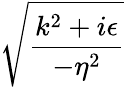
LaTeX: \sqrt{\frac{k^{2}+i\epsilon}{-\eta^{2}}}